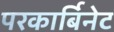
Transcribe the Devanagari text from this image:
परकार्बिनेट